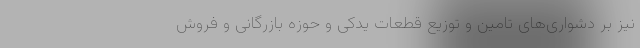
نیز بر دشواری‌های تامین و توزیع قطعات یدکی و حوزه بازرگانی و فروش